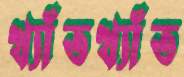
খ্যাঁতখ্যাঁত